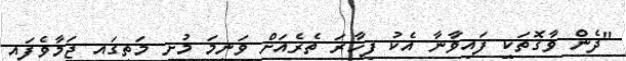
"ދެން ވާގޮތަކީ ފައިވާނާ އެކު ފިހާރަ ތެރެއަށް ވަނީމަ މުށި މަތީގައި ޖަމާވެފައި